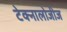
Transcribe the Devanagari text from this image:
टेक्नालोजीज